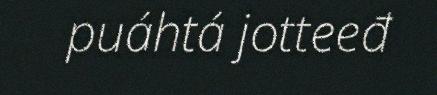
puáhtá jotteeđ